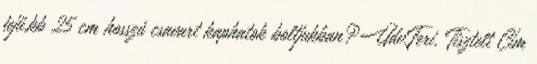
fejű,kb 25 cm hosszú csavart kaphatok boltjukban?Üdv.Feri. Tisztelt Cím